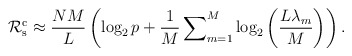
\begin{align*}{{\mathcal{R}}}_{{\rm{s}}}^{\rm{c}}\approx\frac{NM}{L}\left(\log_2{p}+\frac{1}{M}\sum\nolimits_{m=1}^{M}\log_2\left(\frac{L\lambda_m}{M}\right)\right).\end{align*}